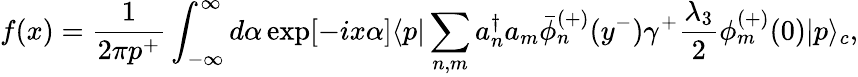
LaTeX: f(x)=\frac{1}{2\pi p^{+}}\int_{-\infty}^{\infty}d\alpha\exp[-ix\alpha]\langle p|\sum_{n,m}a_{n}^{\dagger}a_{m}\bar{\phi}_{n}^{(+)}(y^{-})\gamma^{+}\frac{\lambda_{3}}{2}\phi_{m}^{(+)}(0)|p\rangle_{c},